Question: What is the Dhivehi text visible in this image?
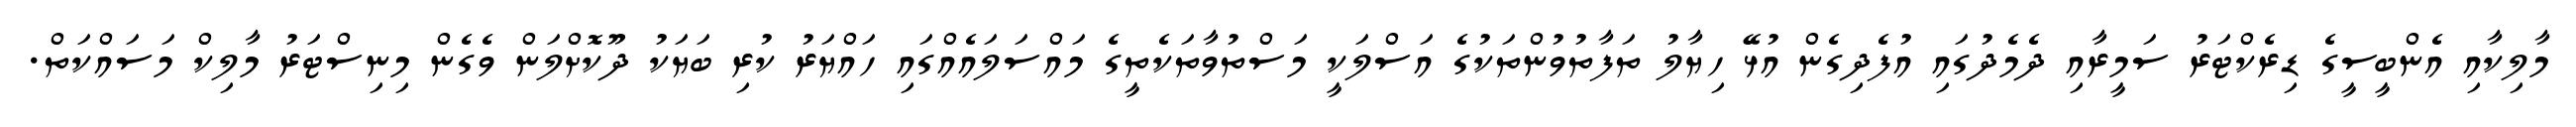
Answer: މާލިކާއި އެންބީސީގެ ޑިރެކްޓަރު ސަމީރާއި ދެމެދުގައި އުފެދިގެން އުޅޭ ހިޔާލު ތަފާތުވުންތަކުގެ އަސްލަކީ މަސްތުވާތަކެތީގެ މައްސަލައެއްގައި ހައްޔަރު ކުރި ބަޔަކު ދޫކޮށްލަން ވެގެން މިނިސްޓަރު މާލިކް މަސައްކަތް.